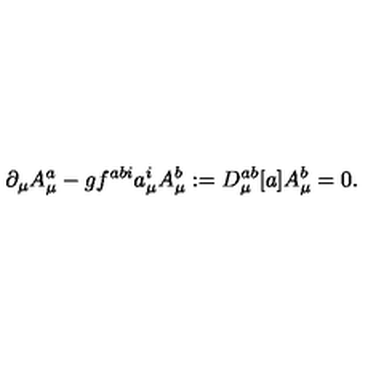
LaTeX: \partial _ { \mu } A _ { \mu } ^ { a } - g f ^ { a b i } a _ { \mu } ^ { i } A _ { \mu } ^ { b } : = D _ { \mu } ^ { a b } [ a ] A _ { \mu } ^ { b } = 0 .